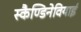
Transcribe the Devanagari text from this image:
स्कैण्डिनेवियाई